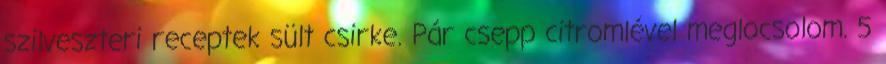
szilveszteri receptek sült csirke. Pár csepp citromlével meglocsolom. 5